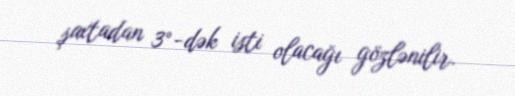
şaxtadan 3°-dək isti olacağı gözlənilir.